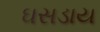
ઘસડાય